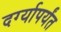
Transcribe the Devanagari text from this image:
दर्ग्यापर्यंत